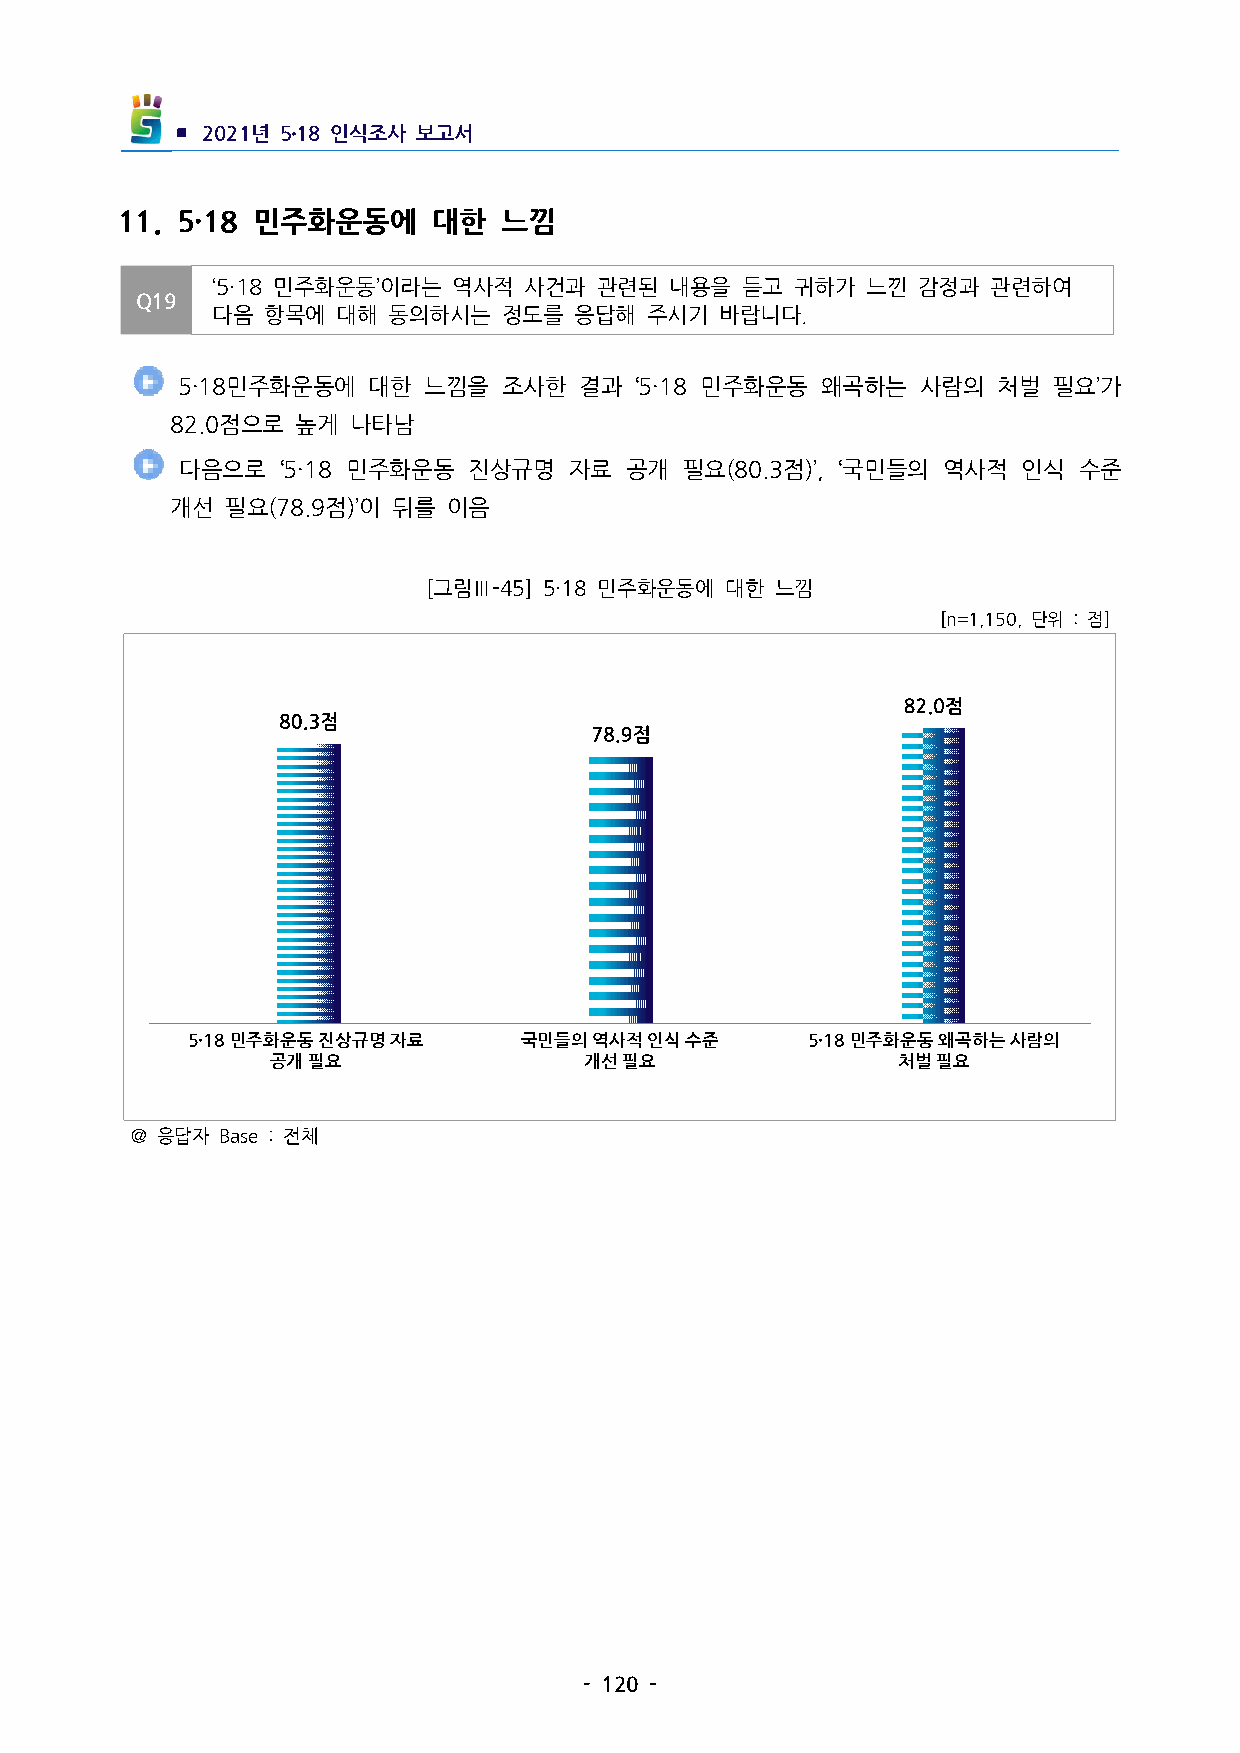
▪ 2021년 5․18인식조사 보고서
 11. 5·18 민주화운동에    대한  느낌
 ‘5·18민주화운동’이라는 역사적  사건과  관련된 내용을  듣고  귀하가 느낀  감정과  관련하여
 Q19
 다음 항목에  대해  동의하시는  정도를  응답해  주시기  바랍니다.
 5·18민주화운동에  대한  느낌을  조사한  결과  ‘5·18 민주화운동 왜곡하는  사람의  처벌  필요’가
 82.0점으로  높게 나타남
  다음으로  ‘5·18 민주화운동 진상규명  자료 공개  필요(80.3점)’, ‘국민들의 역사적 인식 수준
 개선  필요(78.9점)’이 뒤를 이음
 [그림Ⅲ-45] 5·18민주화운동에 대한 느낌
 [n=1,150,단위 :점]
 5·18민주화운동진상규명자료      국민들의역사적인식수준        5·18민주화운동왜곡하는사람의
 공개필요                 개선필요                처벌필요
 ＠응답자 Base:전체
 -120-